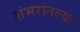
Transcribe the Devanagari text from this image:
शंभरांतल्या